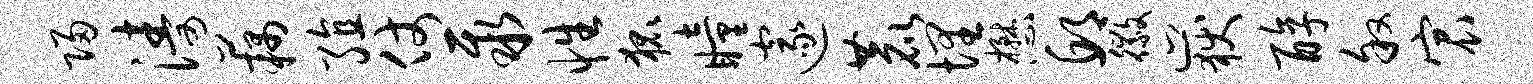
归涛藕殖仗聚性狐瞳邃鹿埋懋邱徽岳醇叙宸